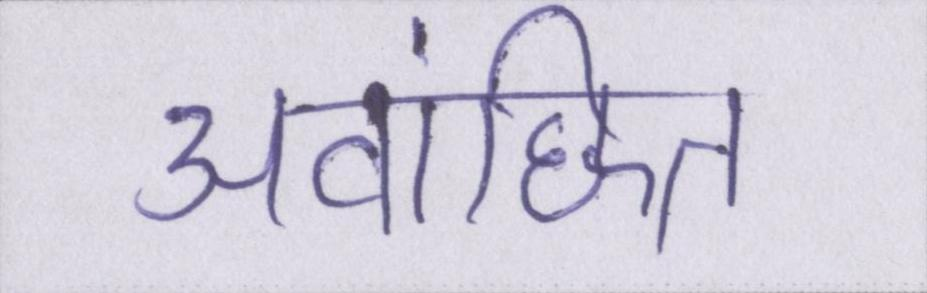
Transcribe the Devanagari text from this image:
अवांछित